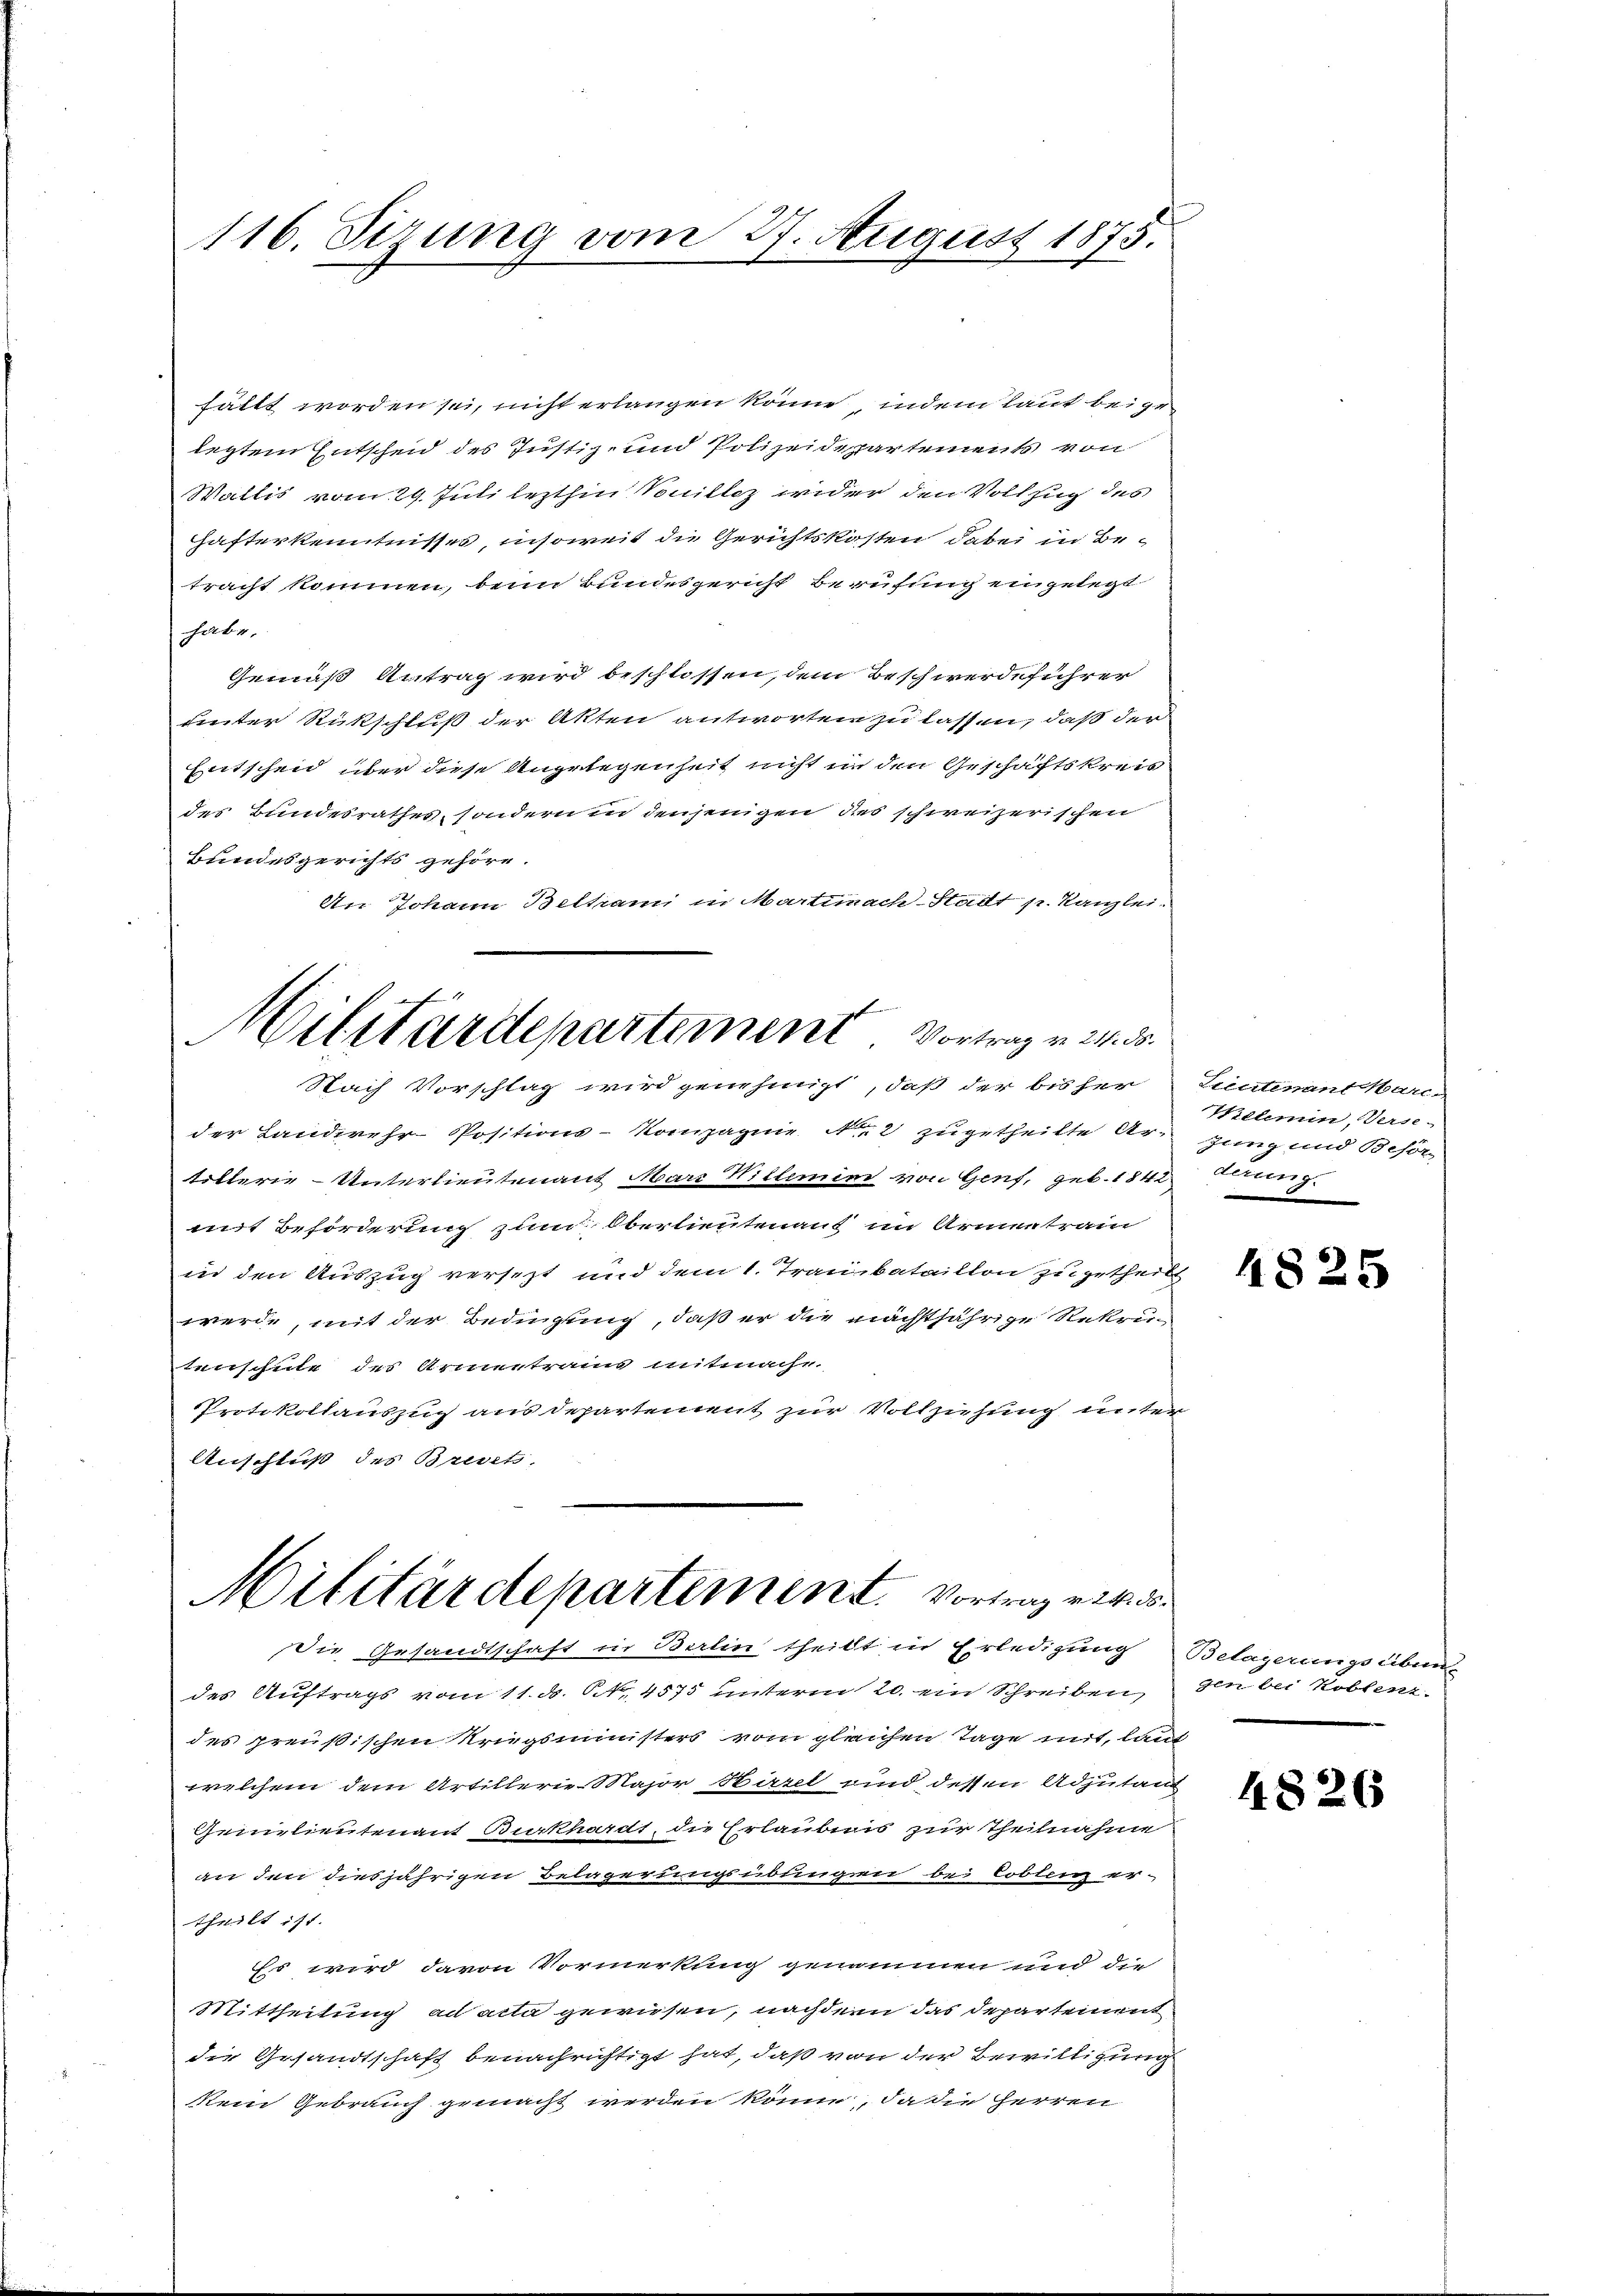
116. Sizung vom 27. August 1875.

fällt worden sei, nicht erlangen könne , indem laut beigeletztem Entscheid des Justiz- und Polizeidepartements von
Wallis vom 29. Juli lezthin Souillez wider den Vollzug des
hafterkenntnisses, insoweit die Gerichtskosten dabei in Betracht kommen, beim Bundesgericht Berufung eingelegt
habe.
Gemäß Antrag wird beschlossen, dem Beschwerdeführer
sinter Rückschluß der Akten antworten zu lassen, daß der
Entscheid über diese Angelegenheit nicht in den Geschäftskreis
des Bundesrathes, sondern in denjenigen des schweizerischen
Bundesgerichts gehöre.
An Johann Belkami in Martinach-Stadt p. Kanzlei-
Militärdepartement Vortrag v. 24. ds.
Nach Vorschlag wird genehmigt, daß der bisher
der Landwehr-Positions-Kompagnie No 2 zugetheilte Art zung und Behörlitterie-Unterlieutenant Marr Willemin von Genf, geb. 1842 dnung.
mit Beförderung zum Oberlieutenauf im Armentrain
in den Auszug versezt und dem 1. Traubataillon zugetheilt
werde, mit der Bedingung, daß er die nächtjährige Rekru-
tenschule des Armentrain mitmache.
Protokollauszug aus departement zur Vollziehung unter
Anschluß des Brevets,

die Gesandtschaft in Berlin theilt in Erledigung
des Auftrags vom 11. d. 6, 4575 unterm 20. ein Schreiben,
des preußischen Kriegsministers vom gleichen Tage mit, laut
welchem dem Artillerie-Major Hirzel sind dessen Adjutan
Geilieutenant Burkhardt, die Erlaubnis zur Theilnahme
an den diesjährigen Belegerungsübungen bei Coblenz er-
theilt ist.
Es wird davon Vormerkung genommen und die
Mittheilung ad acta gewiesen, nachdem das Departement
die Gesandtschaft benachrichtigt hat, daß von der Bewilligung
kein Gebrauch gemacht werden könn, da die Herren

Militärdepartement. Vortrag wird

Lieutenant Mari
Welemen, Verse¬

4825

Belagerungseiben
gen bei Koblenz.

4826